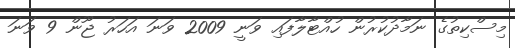
މިސްކިތުގެ ނަމާދުކުރުން ހުއްޓާލާފައި ވަނީ 2009 ވަނަ އަހަރު ޖޫން 9 ވަނަ